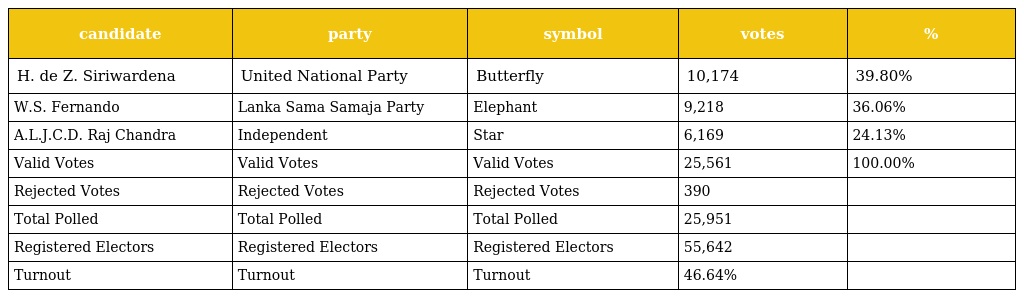
| candidate | party | symbol | votes | % |
 | --- | --- | --- | --- | --- |
 | H. de Z. Siriwardena | United National Party | Butterfly | 10,174 | 39.80% |
 | W.S. Fernando | Lanka Sama Samaja Party | Elephant | 9,218 | 36.06% |
 | A.L.J.C.D. Raj Chandra | Independent | Star | 6,169 | 24.13% |
 | Valid Votes | Valid Votes | Valid Votes | 25,561 | 100.00% |
 | Rejected Votes | Rejected Votes | Rejected Votes | 390 |  |
 | Total Polled | Total Polled | Total Polled | 25,951 |  |
 | Registered Electors | Registered Electors | Registered Electors | 55,642 |  |
 | Turnout | Turnout | Turnout | 46.64% |  |